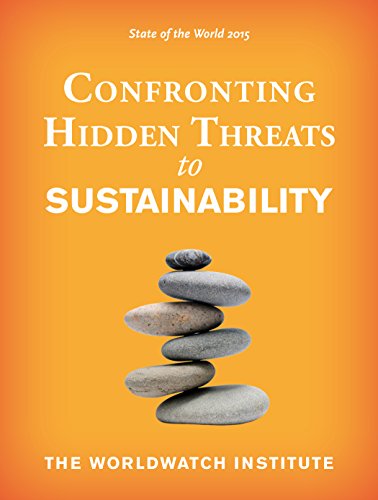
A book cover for State of the World 2015: Confronting Hidden Threats to Sustainability; The Worldwatch Institute; Business & Money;